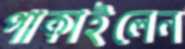
পাকাইলেন